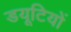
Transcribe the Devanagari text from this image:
डयूटियों